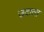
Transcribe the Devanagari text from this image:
उदात्‍त